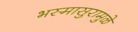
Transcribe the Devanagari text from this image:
भस्मासुरामुळे